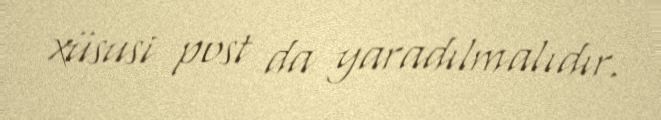
xüsusi post da yaradılmalıdır.